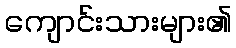
ကျောင်းသားများ၏